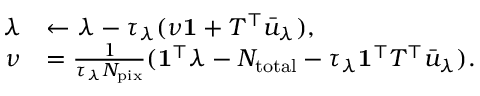
\begin{array} { r l } { \lambda } & { \leftarrow \lambda - \tau _ { \lambda } ( \nu \mathbf { 1 } + T ^ { \top } \bar { u } _ { \lambda } ) , } \\ { \nu } & { = \frac { 1 } { \tau _ { \lambda } N _ { \mathrm { p i x } } } ( \mathbf { 1 } ^ { \top } \lambda - N _ { \mathrm { t o t a l } } - \tau _ { \lambda } \mathbf { 1 } ^ { \top } T ^ { \top } \bar { u } _ { \lambda } ) . } \end{array}